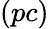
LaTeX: (pc)